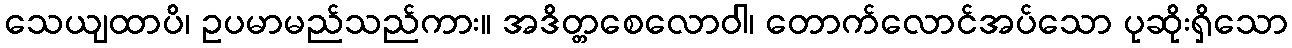
သေယျထာပိ၊ ဥပမာမည်သည်ကား။ အဒိတ္တစေလောဝါ၊ တောက်လောင်အပ်သော ပုဆိုးရှိသော